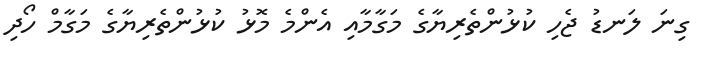
ގިނަ ލަނޑު ޖެހި ކުޅުންތެރިޔާގެ މަގާމާއި އެންމެ މޮޅު ކުޅުންތެރިޔާގެ މަގާމް ހޯދި